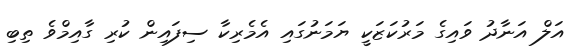
އަލް އަނާދު ވައިގެ މަރުކަޒަކީ ޔަމަނުގައި އެމެރިކާ ސިފައިން ކުރި ގާއިމްވެ ތިބި